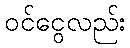
ဝင်ငွေလည်း